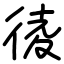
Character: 𢔁